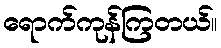
ရောက်ကုန်ကြတယ်။